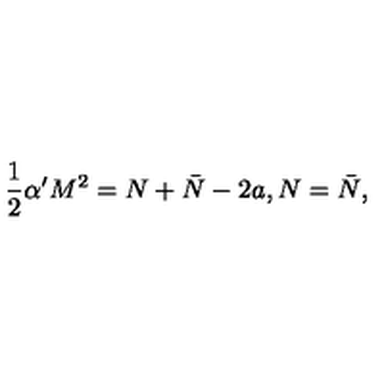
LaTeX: \frac { 1 } { 2 } \alpha ^ { \prime } M ^ { 2 } = N + \bar { N } - 2 a , N = \bar { N } ,